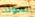
بموته